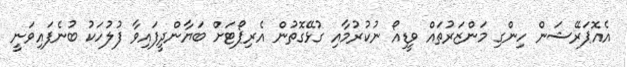
އެއޮޕަރޭޝަން ހިންގި މަންޒަރުތައް ވީޑިއޯ ނުކުރުމާއި ގުޅޭގޮތުން އެރިޕޯޓަށް ބަޔާންދީފައިވާ ފުލުހަކު ބުނެފައިވަނީ